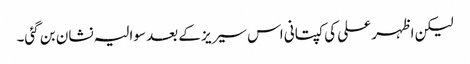
لیکن اظہر علی کی کپتانی اس سیریز کے بعد سوالیہ نشان بن گئی۔